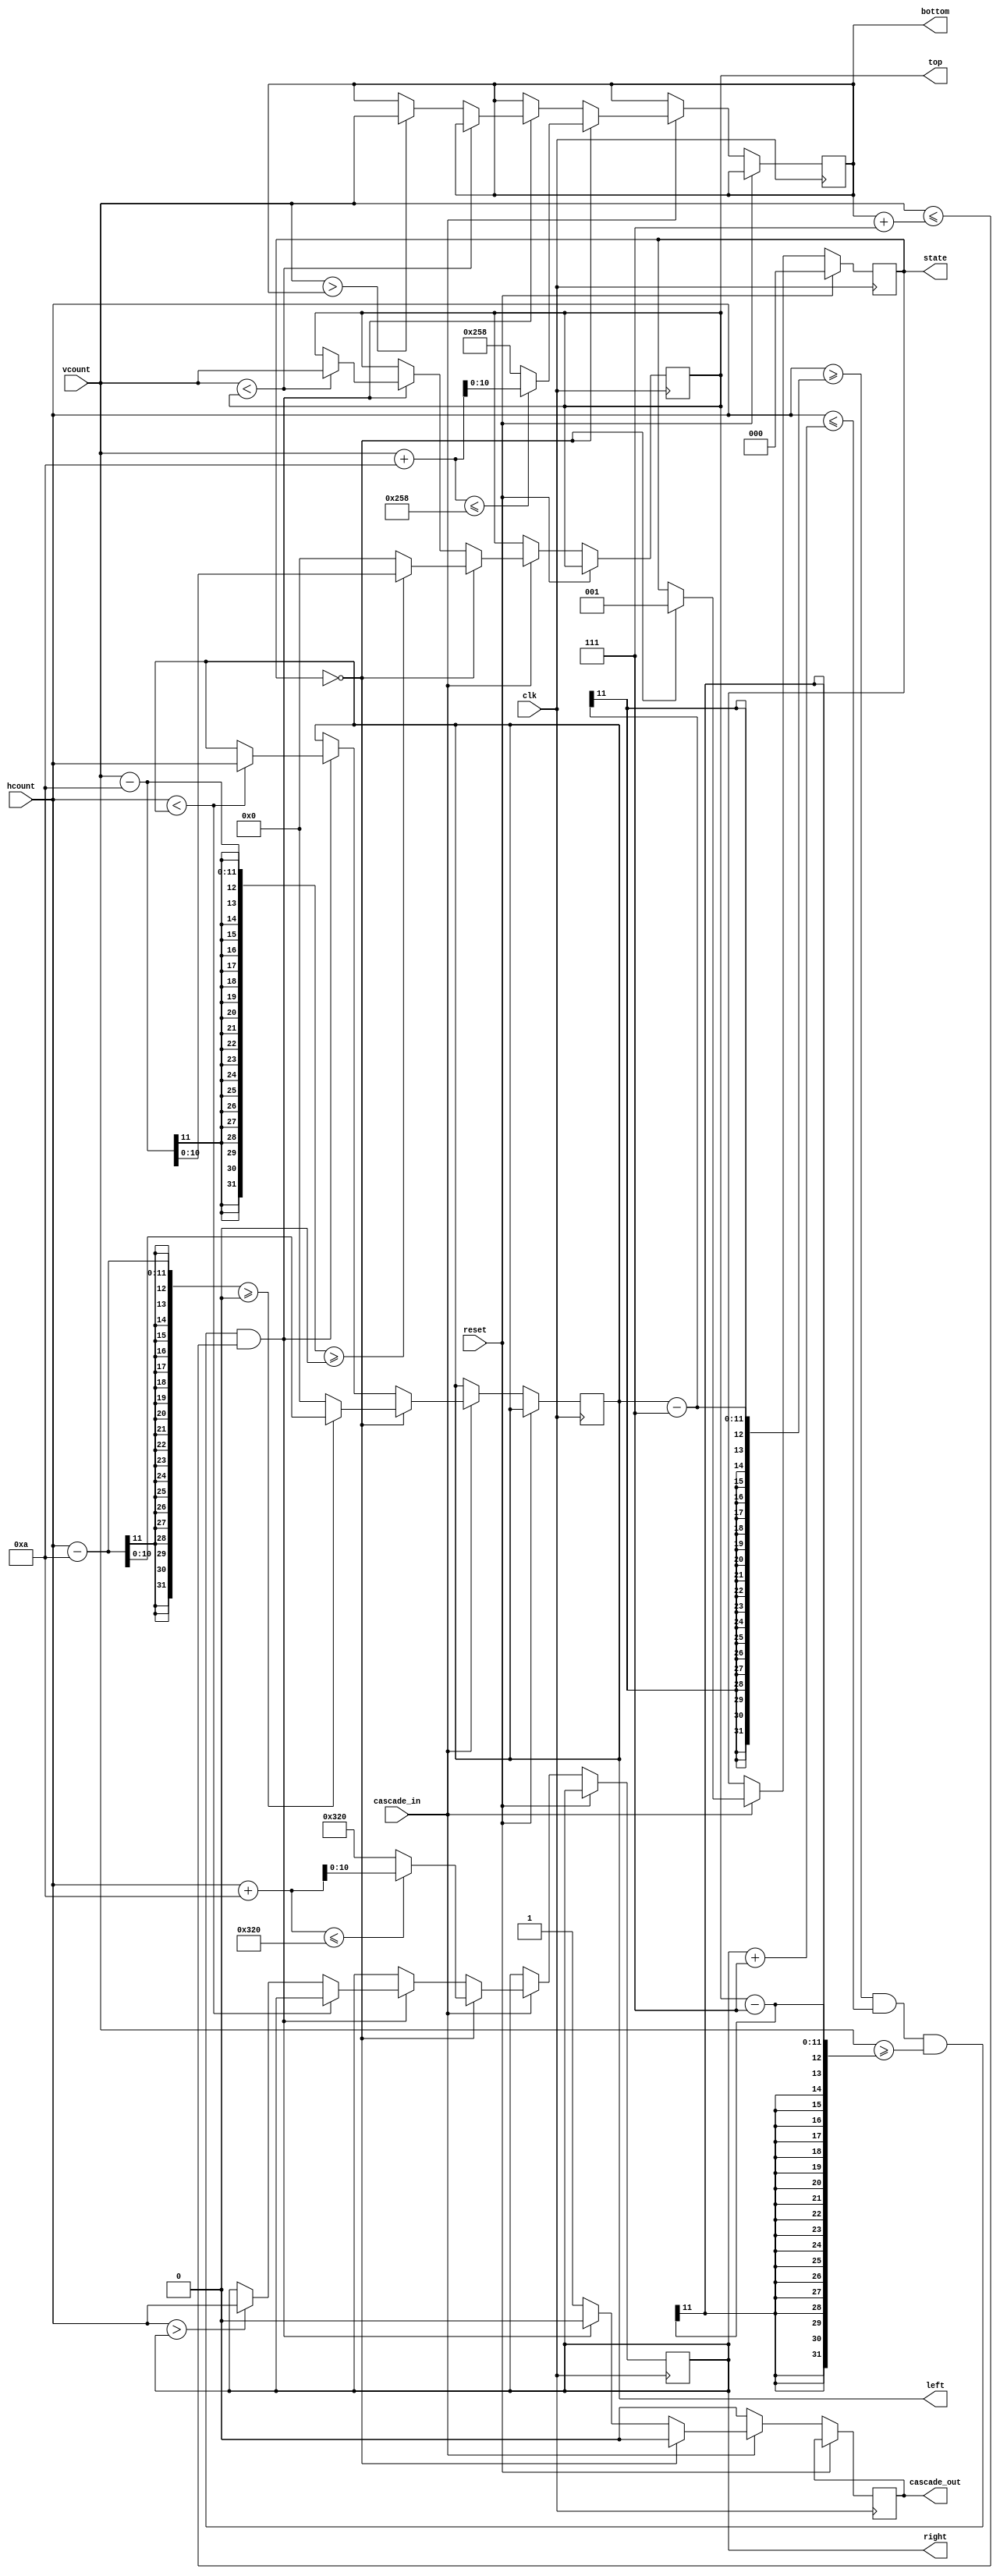
`timescale 1ns / 1ps
//////////////////////////////////////////////////////////////////////////////////
// Company: 
// Engineer: 
// 
// Design Name: 
// Module Name:    zone 
// Project Name: 
// Target Devices: 
// Tool versions: 
// Description: 
//
// Dependencies: 
//
// Revision: 
// Revision 0.01 - File Created
// Additional Comments: 
//
//////////////////////////////////////////////////////////////////////////////////
module zone #(parameter MAX_X = 800, MAX_Y = 600)
				(hcount,vcount,left,right,top,bottom,
				reset,cascade_in,cascade_out,clk,state);
	input [10:0] hcount, vcount;
	input clk;
	input reset, cascade_in;
	output reg [10:0] left, right;
	output reg [10:0] top, bottom;
	output reg cascade_out;
	output reg [2:0] state;
	
	// Parameters
	parameter MARGIN = 7;
	parameter INIT_SIZE = 10;
	parameter INACTIVE = 0;
	parameter ACTIVE = 1;

	// State
//	reg [2:0] state = INACTIVE;
	
	always @(posedge clk) begin
		// Reset zone to inactive at new frame
		if (reset) state <= INACTIVE;
		
		// If not checking current zone, don't check next zone
		else if (!cascade_in) cascade_out <= 0;
	
		else begin
			cascade_out <= 1; // Default cascading to true
			
			// Initialize zone bounds around pixel
			if (state==INACTIVE) begin
				left <= (hcount-INIT_SIZE>=0) ? hcount-INIT_SIZE : 0;
				right <= (hcount+INIT_SIZE<=MAX_X) ? hcount+INIT_SIZE : MAX_X;
				top <= (vcount-INIT_SIZE>=0) ? vcount-INIT_SIZE : 0;
				bottom <= (vcount+INIT_SIZE<=MAX_Y) ? vcount+INIT_SIZE : MAX_Y;
				state <= ACTIVE; // update state
				cascade_out <= 0; // Don't cascade to next zone
			end
		
			// Update bounds if within pixel is within margins
			else if (hcount>=(left-MARGIN) && hcount<=(right+MARGIN)
				&& vcount>=(top-MARGIN) && vcount<=(bottom+MARGIN)) begin
				
				// Update zone's horizontal bounds
				if (hcount<left) left <= hcount;
				else if (hcount>right) right <= hcount;
				
				// Update zone's vertical bounds
				if (vcount<top) top <= vcount;
				else if (vcount>bottom) bottom <= vcount;
				
				cascade_out <= 0; // Don't cascade to next zone
			end
		end
	end
endmodule